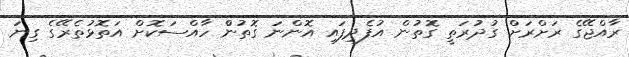
ރާއްޖޭގެެ ރަށްރަށް ގުދުރަތީ ގޮތުން އުފެދިފައި އޮންނަ ގޮތުންް ހާއްސަކޮށް އަތޮޅުތެރޭގެެ ގިނަ